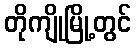
တိုကျိုမြို့တွင်